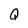
Character: Q